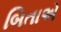
બિતાએ